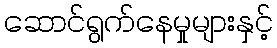
ဆောင်ရွက်နေမှုများနှင့်